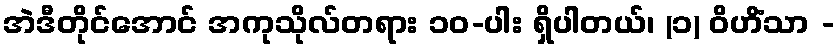
အဲဒီတိုင်အောင် အကုသိုလ်တရား ၁၀-ပါး ရှိပါတယ်၊ (၁) ဝိဟိံသာ -